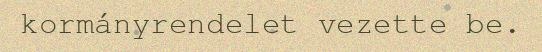
kormányrendelet vezette be.